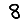
Digit: 8